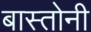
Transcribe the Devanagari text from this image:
बास्तोनी